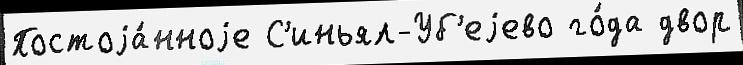
Постоjа́нноjе С'иньял-Уб'еjево го́да двор